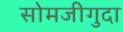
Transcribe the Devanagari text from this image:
सोमजीगुदा